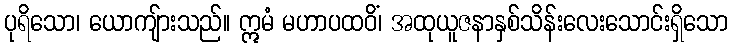
ပုရိသော၊ ယောကျ်ားသည်။ ဣမံ မဟာပထဝိံ၊ အထုယူဇနာနှစ်သိန်းလေးသောင်းရှိသော